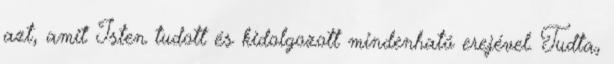
azt, amit Isten tudott és kidolgozott mindenható erejével. Tudta,